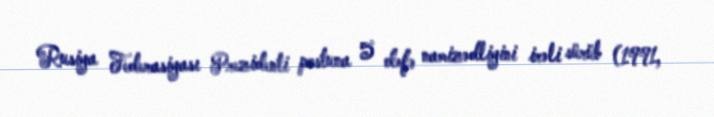
Rusiya Federasiyası Prezidenti postuna 5 dəfə namizədliyini irəli sürüb (1991,